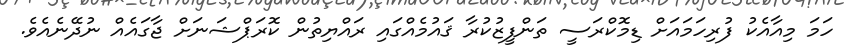
ހަމަ މިއާއެކު ފުރިހަމައަށް ޑިމޮކްރަސީ ތަންފީޒުކުރާ ޤައުމެއްގައި ރައްޔިތުން ކޮރަޕްޝަނަށް ޖާގައެއް ނުދޭނެއެވެ.